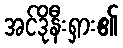
အင်ဒိုနီးရှား၏